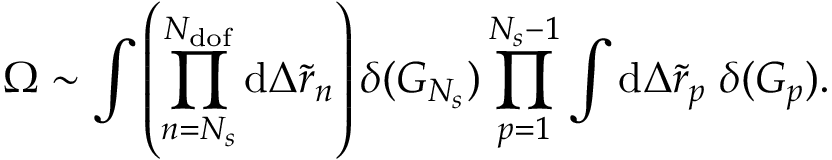
\Omega \sim \int { \left( \prod _ { n = N _ { s } } ^ { N _ { \mathrm { d o f } } } { \mathrm { d } \Delta \tilde { r } _ { n } } \right) \delta ( G _ { N _ { s } } ) \prod _ { p = 1 } ^ { N _ { s } - 1 } { \int { \mathrm { d } \Delta \tilde { r } _ { p } \; \delta ( G _ { p } ) } } } .